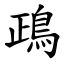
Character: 鴊